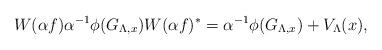
LaTeX: \begin{align*} W(\alpha f) \alpha^{-1}\phi(G_{\Lambda,x}) W(\alpha f)^{*} = \alpha^{-1}\phi(G_{\Lambda,x}) +V_\Lambda(x),\end{align*}